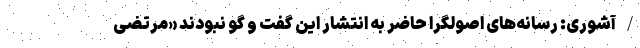
/ آشوری: رسانه‌های اصولگرا حاضر به انتشار این گفت و گو نبودند «مرتضی